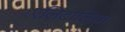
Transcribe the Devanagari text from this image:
एलिटालिया